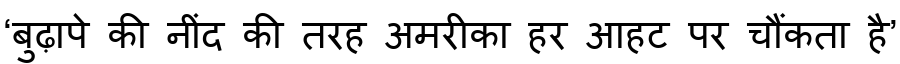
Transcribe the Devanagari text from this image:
‘बुढ़ापे की नींद की तरह अमरीका हर आहट पर चौंकता है’